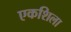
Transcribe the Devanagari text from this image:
एकशिला